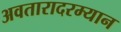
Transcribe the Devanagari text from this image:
अवतारादरम्यान